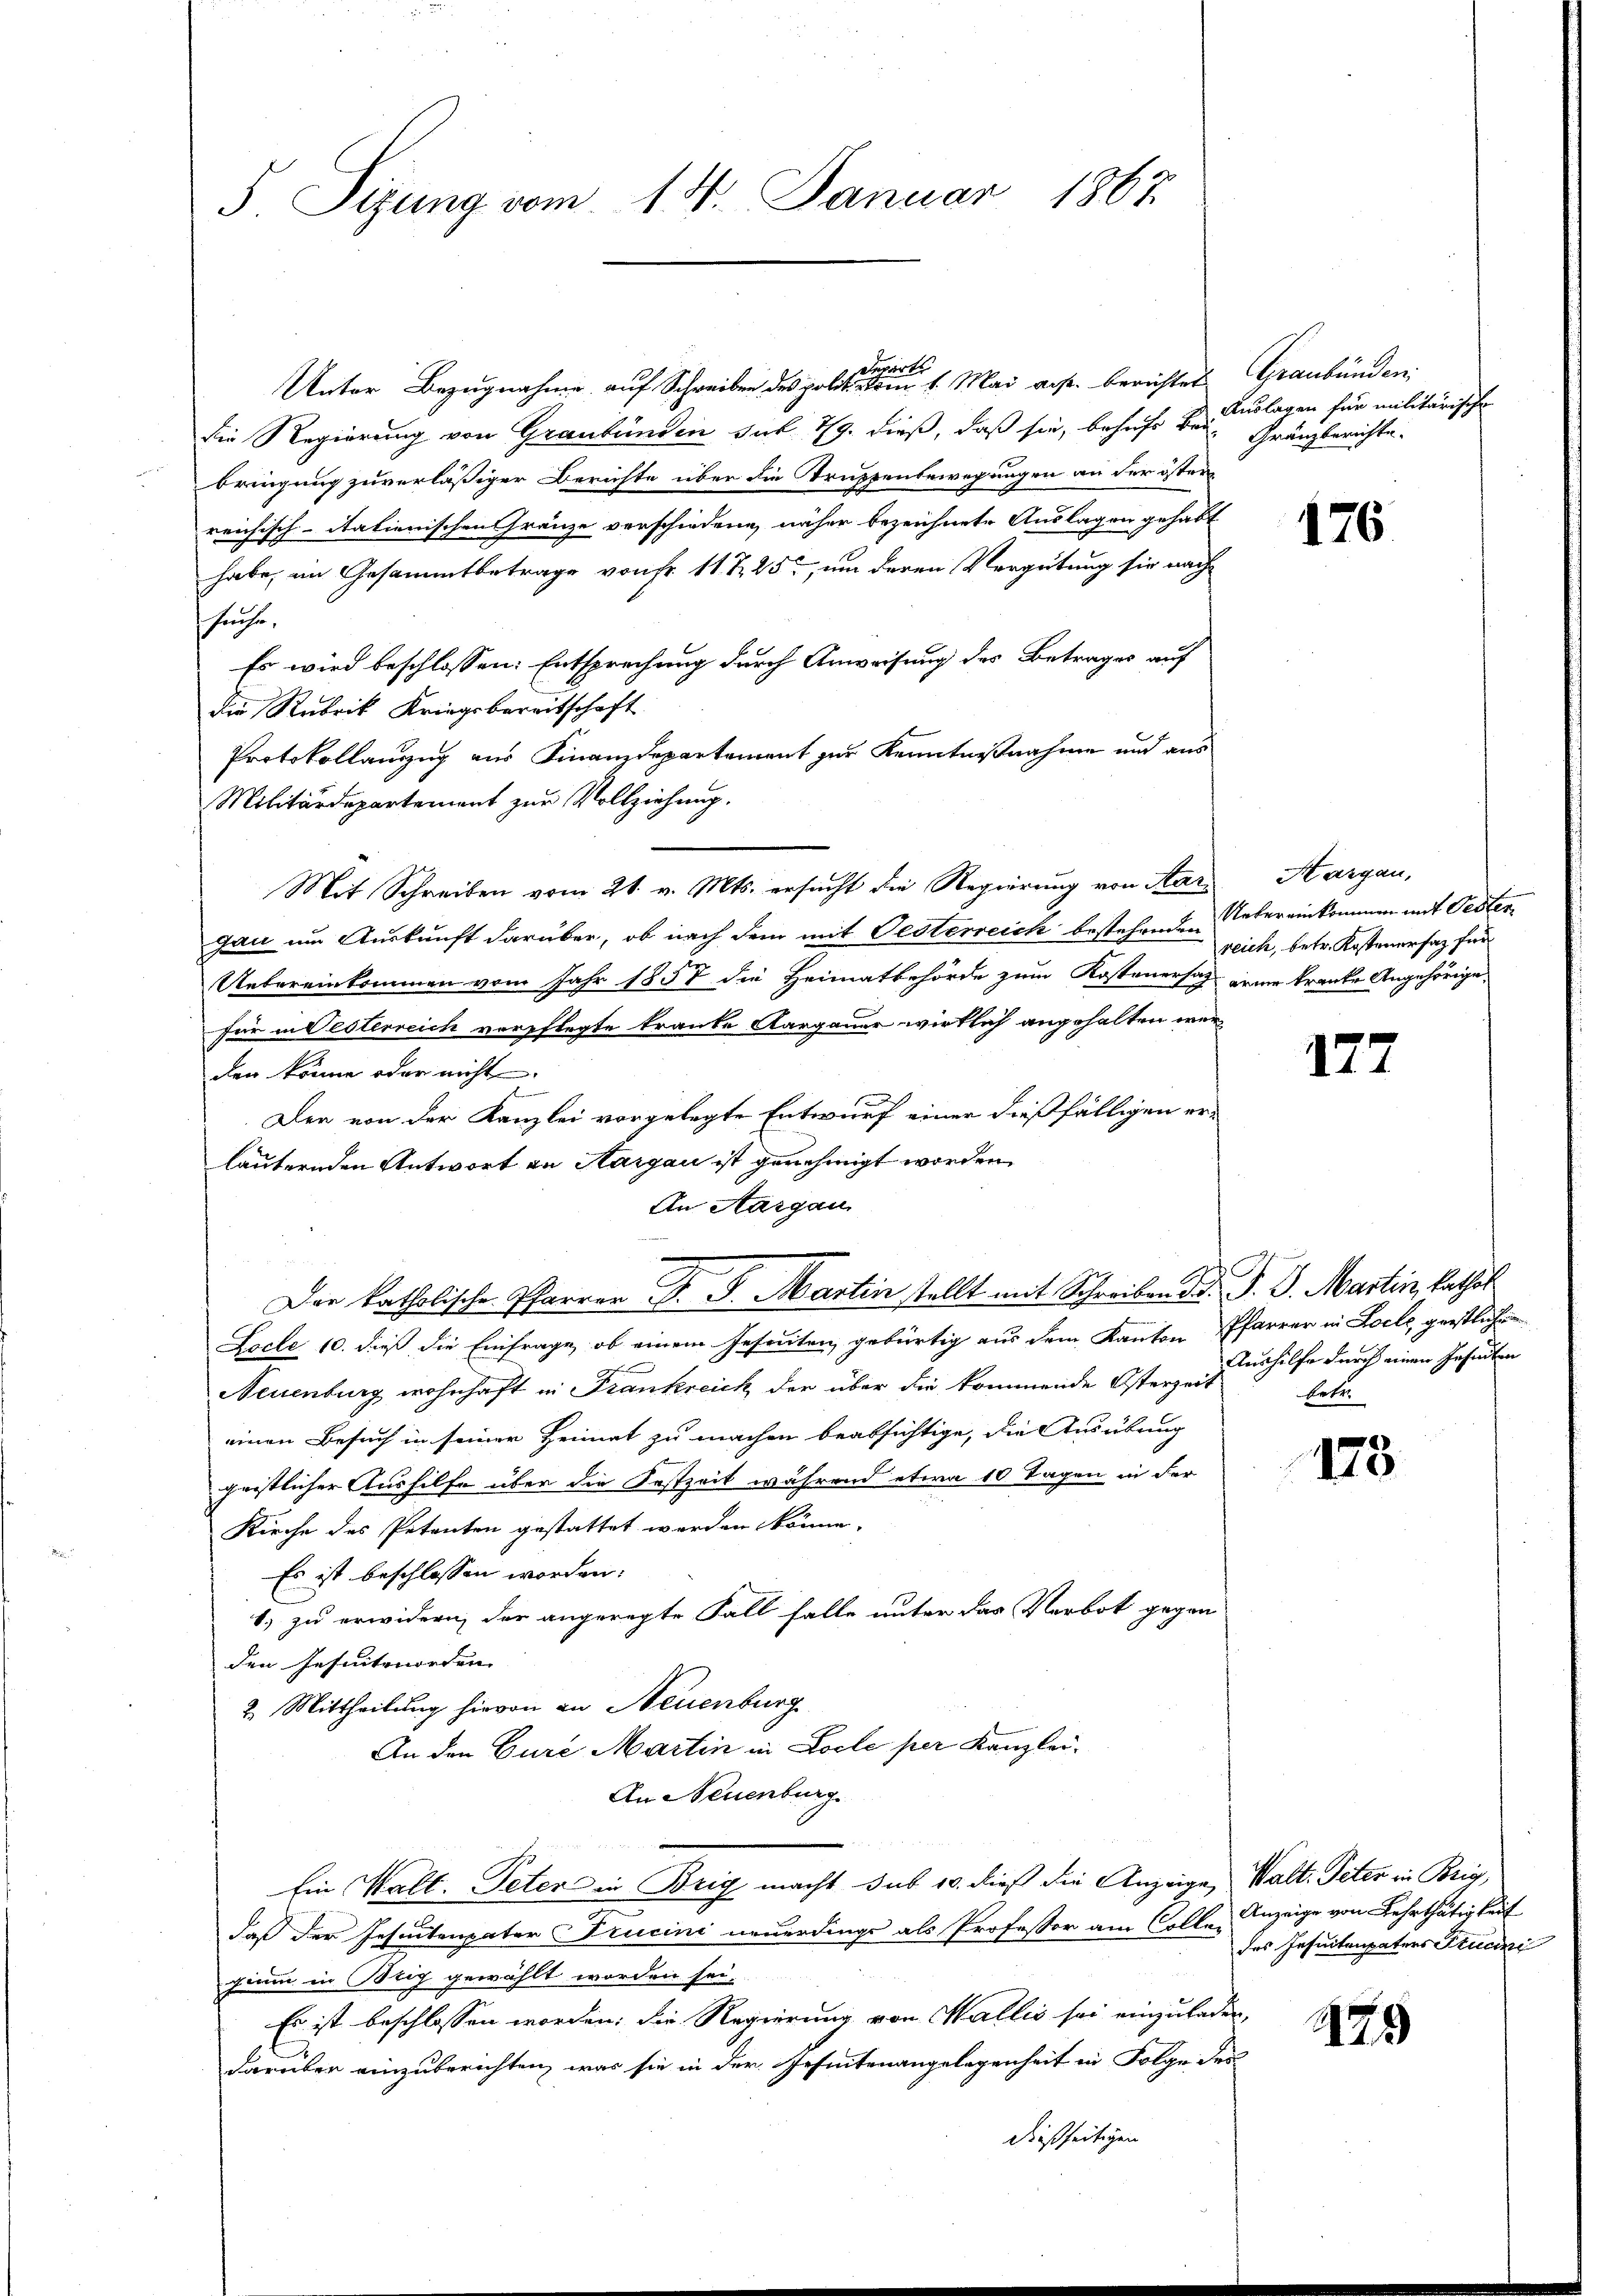
5 Sizung vom 14. Januar 1867

verorte
Unter Bezugnahme auf Schreiben des polit. vom 1. Mai aus. berichtet
die Regierung von Graubünden sub 19. dieß, daß sie, behufs Beibringung zuverläßiger Berichte über die Truppenbewegungen an der öster
reichisch-itationischen Franze verschiedene, näher bezeichnete Auslagen gehabt
habe, im Gesammtbetrage von Fr. 11 S. 25, um deren Vergütung sie nach
suche.
Es wird beschlossen: Entsprechung durch Anweisung des Betrages auf
die Rubrik Kriegsbereitschaft
Protokollauszug aus Finanzdepartement zur Kenntnißnahme und aus
Militärdepartement zur Vollziehung.
Mit Schreiben vom 21. v. Mts. ersucht die Regierung von Aargan um Auskunft darüber, ob nach dem mit Oesterreich bestehenden Uebereinkommen mit Oester
Uebereinkommen vom Jahr 1858 die Heimatbehörde zum Kostenersatz eine kranke Angehörige
für in Oesterreich verpflegte tranke Aargauer wirklich angehalten werden könne oder nicht
Den von der Kanzlei vorgelegte Entwurf einer dießfälligen erläuternden Antwort an Margau ist genehmigt worden.
An Aargau
Der katholische Pfarrer F. J. Martin stellt mit Schreiben Dr. P. D. Martin, kathol
Locle 10. dieß die Einfrage, ob einem Jesuiten, gebürtig aus dem Kanton Pfarrer in Locle, geistlichen
Neuenburg wohnhaft in Frankreich der über die kommende Osterzeit
einen Besuch in seiner Heimat zu machen beabsichtige, die Ausübung
geistlicher Aushilfe über die Festzeit während etwa 10 Tagen in der
Kirche des Petenten gestattet werden könne.
Es ist beschlossen worden:
1) zu erwidern, der angeregte Fall falle unter das Verbot gegen
den Jesuitmorden
2. Mittheilung hievon an Neuenburg
An den Eure Martin in Locle per Kanzlei.
An Neuenburg.
Ein Walt. Peter in Brig macht sub 10. dieß die Anzeige, Walt. Peter in Brig,
daß der Jesuitenpater Trucini neuerdings als Professor am Colle Anzeige von Lehrthätigkeit
gium in Potiz gewählt worden sei.
Es ist beschlossen worden; die Regierung von Wallis sei einzuleder,
darüber einzuberichten, was sie in der Gesentenangelegenheit in Folge des
dießseitigen

Graubünden.
Auslagen für militärische
Gränzberichte.

176.

Margau,
reich, betr. Kostenersatz für

177

Aushilfe durch einen Jesuiten
bete

178

des Insuitenpaters Studi

179